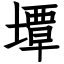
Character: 墰